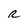
Character: R